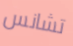
تشانس